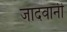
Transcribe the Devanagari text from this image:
जादवानी